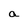
Character: a